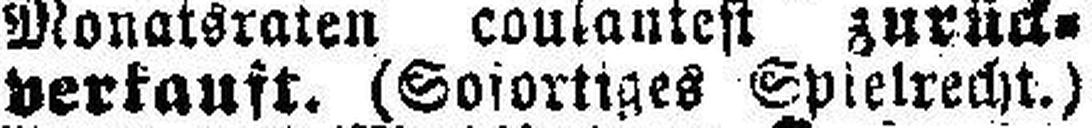
verkauft. (Sofortiges Spielrecht.)